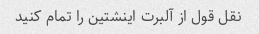
نقل قول از آلبرت اینشتین را تمام کنید